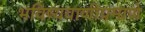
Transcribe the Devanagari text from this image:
भविष्यवाणीप्रमाणे